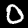
Label: 0